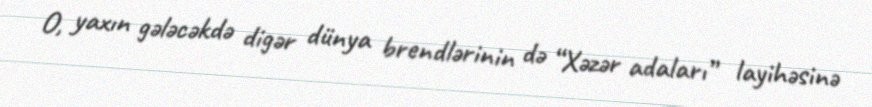
O, yaxın gələcəkdə digər dünya brendlərinin də “Xəzər adaları” layihəsinə